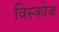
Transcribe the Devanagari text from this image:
विस्कोज